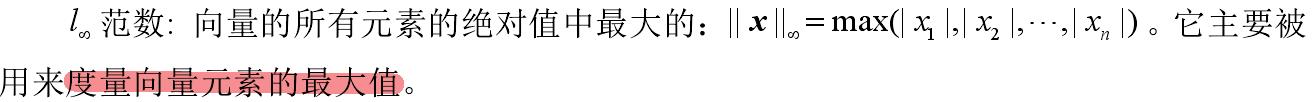
$l_{\infty}$范数: 向量的所有元素的绝对值中最大的：$\|\boldsymbol{x}\|_{\infty}=\max(|x_1|,|x_2|,\cdots,|x_n|)$。它主要被用来度量向量元素的最大值。